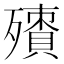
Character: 𣩬